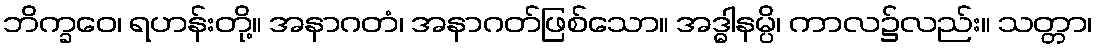
ဘိက္ခဝေ၊ ရဟန်းတို့။ အနာဂတံ၊ အနာဂတ်ဖြစ်သော။ အဒ္ဓါနမ္ပိ၊ ကာလ၌လည်း။ သတ္တာ၊